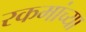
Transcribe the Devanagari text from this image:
रकमांच्या